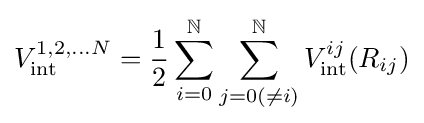
V_{\mathrm {int} }^{1,2,...N}={\frac {1}{2}}\sum _{i=0}^{\mathbb {N} }\sum _{j=0(\neq i)}^{\mathbb {N} }V_{\mathrm {int} }^{ij}(R_{ij})